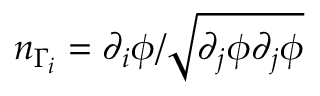
n _ { \Gamma _ { i } } = \partial _ { i } \phi / \sqrt { \partial _ { j } \phi \partial _ { j } \phi }